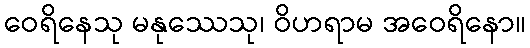
ဝေရိနေသု မနုဿေသု၊ ဝိဟရာမ အဝေရိနော။